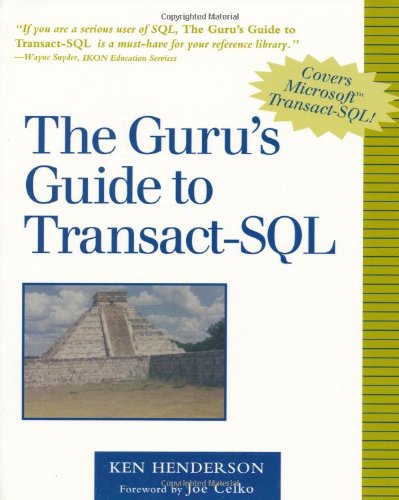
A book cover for The Guru's Guide to Transact-SQL; Ken Henderson; Computers & Technology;